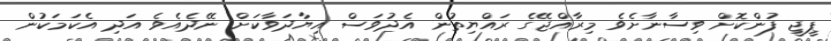
ޕީޖީ ފުންކޮށް ވިސާނާށެވެ މިރާއްޖޭގެ ރައްޔިތުން އެދުވަސް އިޔާދަވާކަށް ނޭދެއެވެ އަދި އެކަމަކުން